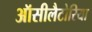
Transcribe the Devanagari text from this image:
ऑसीलैटोरिया